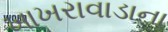
ખાખરાવાડાના